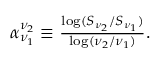
\begin{array} { r } { \alpha _ { \nu _ { 1 } } ^ { \nu _ { 2 } } \equiv \frac { \log ( S _ { \nu _ { 2 } } / S _ { \nu _ { 1 } } ) } { \log ( \nu _ { 2 } / \nu _ { 1 } ) } . } \end{array}